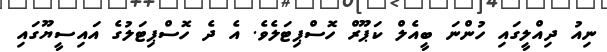
ނިއު ދިއްލީގައި ހުންނަ ބީއެލް ކަޕޫރް ހޮސްޕިޓަލެވެ. އެ ދެ ހޮސްޕިޓަލުގެ އައިސީޔޫގައި